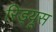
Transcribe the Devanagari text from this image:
रिड्यूस